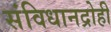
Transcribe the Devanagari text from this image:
संविधानद्रोही